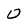
Character: 0